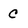
Character: c